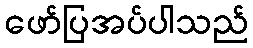
ဖော်ပြအပ်ပါသည်